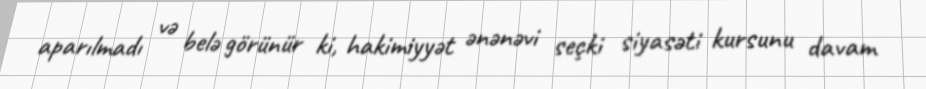
aparılmadı və belə görünür ki, hakimiyyət ənənəvi seçki siyasəti kursunu davam